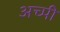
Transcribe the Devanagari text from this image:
अच्पी